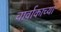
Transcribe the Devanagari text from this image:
चार्वाकाच्या